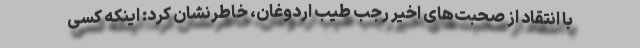
با انتقاد از صحبت‌های اخیر رجب طیب اردوغان، خاطرنشان کرد: اینکه کسی